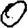
Digit: 0